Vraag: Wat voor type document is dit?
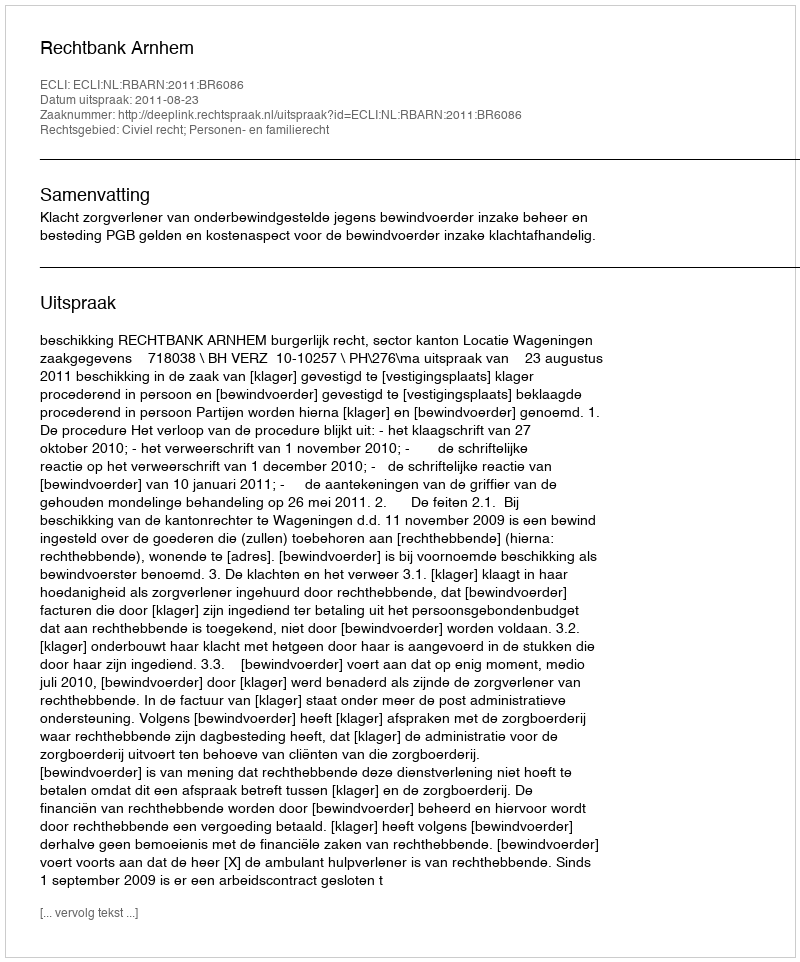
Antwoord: Uitspraak